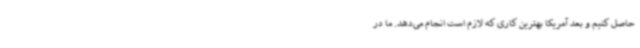
حاصل کنیم و بعد آمریکا بهترین کاری که لازم است انجام می‌دهد. ما در